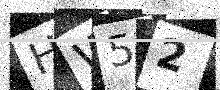
Text: HW52